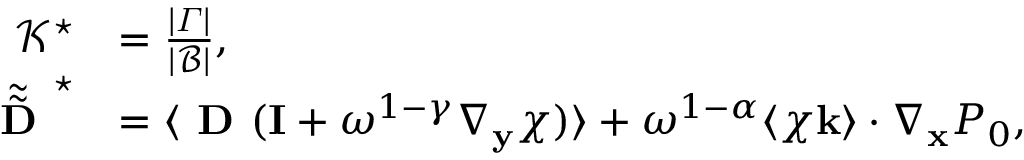
\begin{array} { r l } { \mathcal { K ^ { \star } } } & { = \frac { | \varGamma | } { | \mathcal B | } , } \\ { \tilde { \tilde { \textbf { D } } } ^ { \star } } & { = \langle \textbf { D } ( \mathbf I + \omega ^ { 1 - \gamma } \nabla _ { \mathbf y } \boldsymbol { \chi } ) \rangle + \omega ^ { 1 - \alpha } \langle \boldsymbol { \chi } \mathbf k \rangle \cdot \nabla _ { \mathbf x } P _ { 0 } , } \end{array}